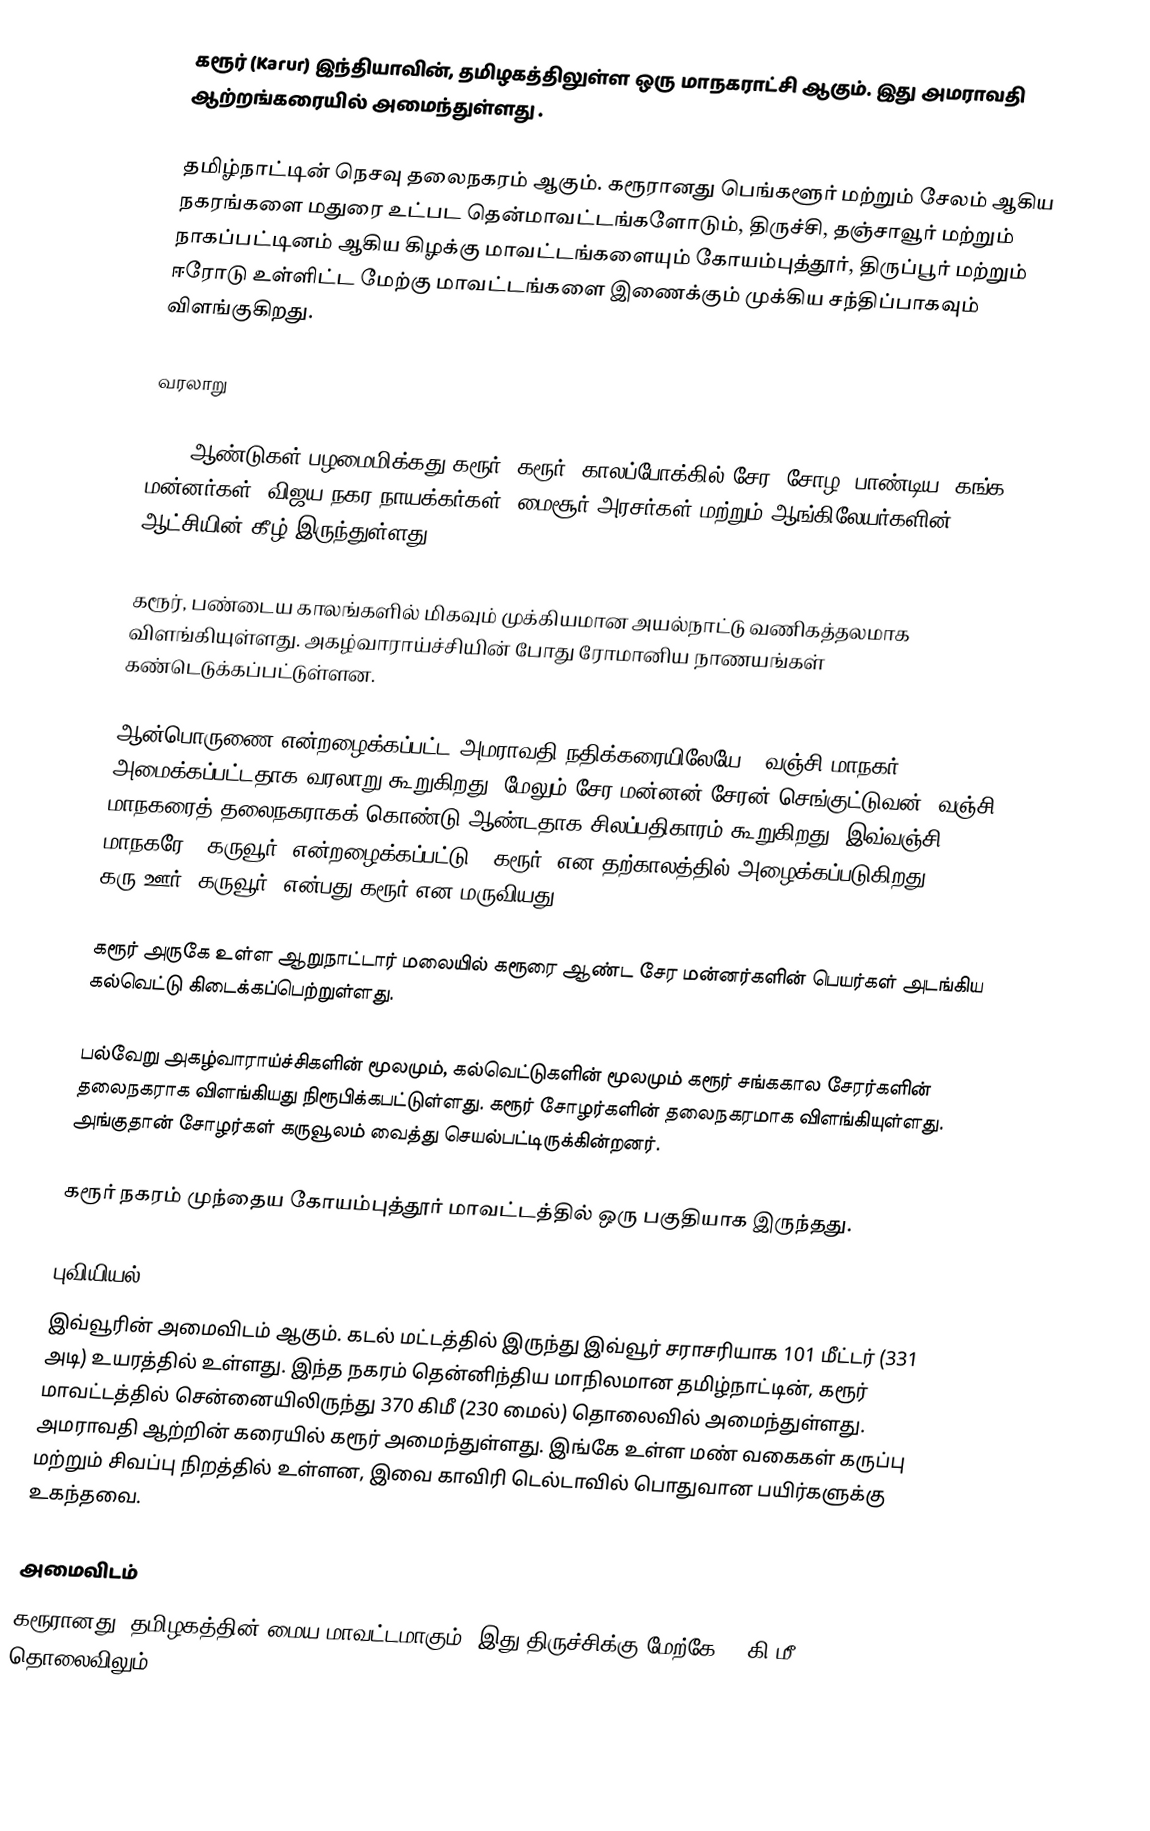
கரூர் (Karur) இந்தியாவின், தமிழகத்திலுள்ள ஒரு மாநகராட்சி ஆகும். இது அமராவதி ஆற்றங்கரையில் அமைந்துள்ளது .

தமிழ்நாட்டின் நெசவு தலைநகரம் ஆகும். கரூரானது பெங்களூர் மற்றும் சேலம் ஆகிய நகரங்களை மதுரை உட்பட தென்மாவட்டங்களோடும், திருச்சி, தஞ்சாவூர் மற்றும் நாகப்பட்டினம் ஆகிய கிழக்கு மாவட்டங்களையும் கோயம்புத்தூர், திருப்பூர் மற்றும் ஈரோடு உள்ளிட்ட மேற்கு மாவட்டங்களை இணைக்கும் முக்கிய சந்திப்பாகவும் விளங்குகிறது.

வரலாறு

2000 ஆண்டுகள் பழமைமிக்கது கரூர். கரூர், காலப்போக்கில் சேர, சோழ, பாண்டிய, கங்க மன்னர்கள், விஜய நகர நாயக்கர்கள், மைசூர் அரசர்கள் மற்றும் ஆங்கிலேயர்களின் ஆட்சியின் கீழ் இருந்துள்ளது.

கரூர், பண்டைய காலங்களில் மிகவும் முக்கியமான அயல்நாட்டு வணிகத்தலமாக விளங்கியுள்ளது. அகழ்வாராய்ச்சியின் போது ரோமானிய நாணயங்கள் கண்டெடுக்கப்பட்டுள்ளன.

ஆன்பொருணை என்றழைக்கப்பட்ட அமராவதி நதிக்கரையிலேயே, 'வஞ்சி மாநகர்' அமைக்கப்பட்டதாக வரலாறு கூறுகிறது. மேலும் சேர மன்னன் சேரன் செங்குட்டுவன், வஞ்சி மாநகரைத் தலைநகராகக் கொண்டு ஆண்டதாக சிலப்பதிகாரம் கூறுகிறது. இவ்வஞ்சி மாநகரே, 'கருவூர்' என்றழைக்கப்பட்டு, 'கரூர்' என தற்காலத்தில் அழைக்கப்படுகிறது. கரு+ஊர் (கருவூர்) என்பது கரூர் என மருவியது.

கரூர் அருகே உள்ள ஆறுநாட்டார் மலையில் கரூரை ஆண்ட சேர மன்னர்களின் பெயர்கள் அடங்கிய கல்வெட்டு கிடைக்கப்பெற்றுள்ளது.

பல்வேறு அகழ்வாராய்ச்சிகளின் மூலமும், கல்வெட்டுகளின் மூலமும் கரூர் சங்ககால சேரர்களின் தலைநகராக விளங்கியது நிரூபிக்கபட்டுள்ளது. கரூர் சோழர்களின் தலைநகரமாக விளங்கியுள்ளது. அங்குதான் சோழர்கள் கருவூலம் வைத்து செயல்பட்டிருக்கின்றனர்.

 கரூர் நகரம் முந்தைய கோயம்புத்தூர் மாவட்டத்தில் ஒரு பகுதியாக இருந்தது.

புவியியல்
இவ்வூரின் அமைவிடம்  ஆகும். கடல் மட்டத்தில் இருந்து இவ்வூர் சராசரியாக 101 மீட்டர் (331 அடி) உயரத்தில் உள்ளது. இந்த நகரம் தென்னிந்திய மாநிலமான தமிழ்நாட்டின், கரூர் மாவட்டத்தில் சென்னையிலிருந்து 370 கிமீ (230 மைல்) தொலைவில் அமைந்துள்ளது. அமராவதி ஆற்றின் கரையில் கரூர் அமைந்துள்ளது. இங்கே உள்ள மண் வகைகள் கருப்பு மற்றும் சிவப்பு நிறத்தில் உள்ளன, இவை காவிரி டெல்டாவில் பொதுவான பயிர்களுக்கு உகந்தவை.

அமைவிடம்
கரூரானது, தமிழகத்தின் மைய மாவட்டமாகும். இது திருச்சிக்கு மேற்கே 78 கி.மீ. தொலைவிலும்